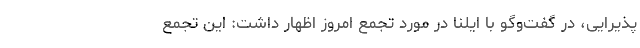
پذیرایی، در گفت‌وگو با ایلنا در مورد تجمع امروز اظهار داشت: این تجمع